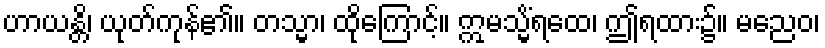
ဟာယန္တိ၊ ယုတ်ကုန်၏။ တသ္မာ၊ ထိုကြောင့်။ ဣမသ္မိံရထေ၊ ဤရထား၌။ မညေဝ၊